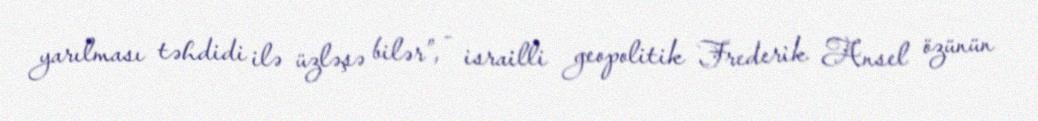
yarılması təhdidi ilə üzləşə bilər”, - israilli geopolitik Frederik Ansel özünün